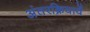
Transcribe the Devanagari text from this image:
अंतरक्रियायें